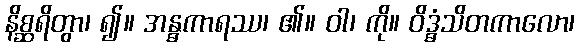
နိစ္ဆရိတွာ၊ ၍။ အန္ဓကာရဿ၊ ၏။ ဝါ၊ ကို။ ဝိဒ္ဓံသိတကာလော၊